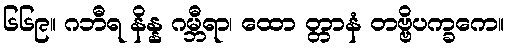
၆၆၉။ ဂဘီရ နိန္န ဂမ္ဘီရာ၊ ထော တ္တာနံ တဗ္ဗိပက္ခကေ။